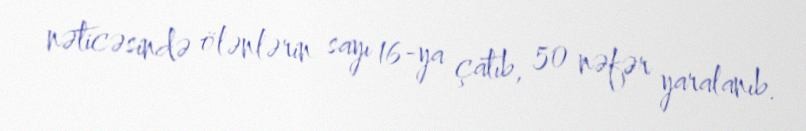
nəticəsində ölənlərin sayı 16-ya çatıb, 50 nəfər yaralanıb.